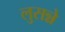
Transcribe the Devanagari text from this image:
लुसन्ने